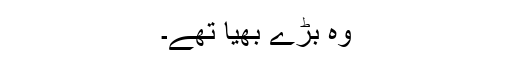
وہ بڑے بھیا تھے۔